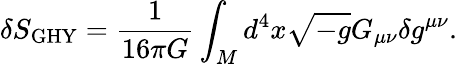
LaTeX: \delta S_{\mathrm{GHY}}=\frac{1}{16\pi G}\int_{M}d^{4}x\sqrt{-g}G_{\mu\nu}\delta g^{\mu\nu}.